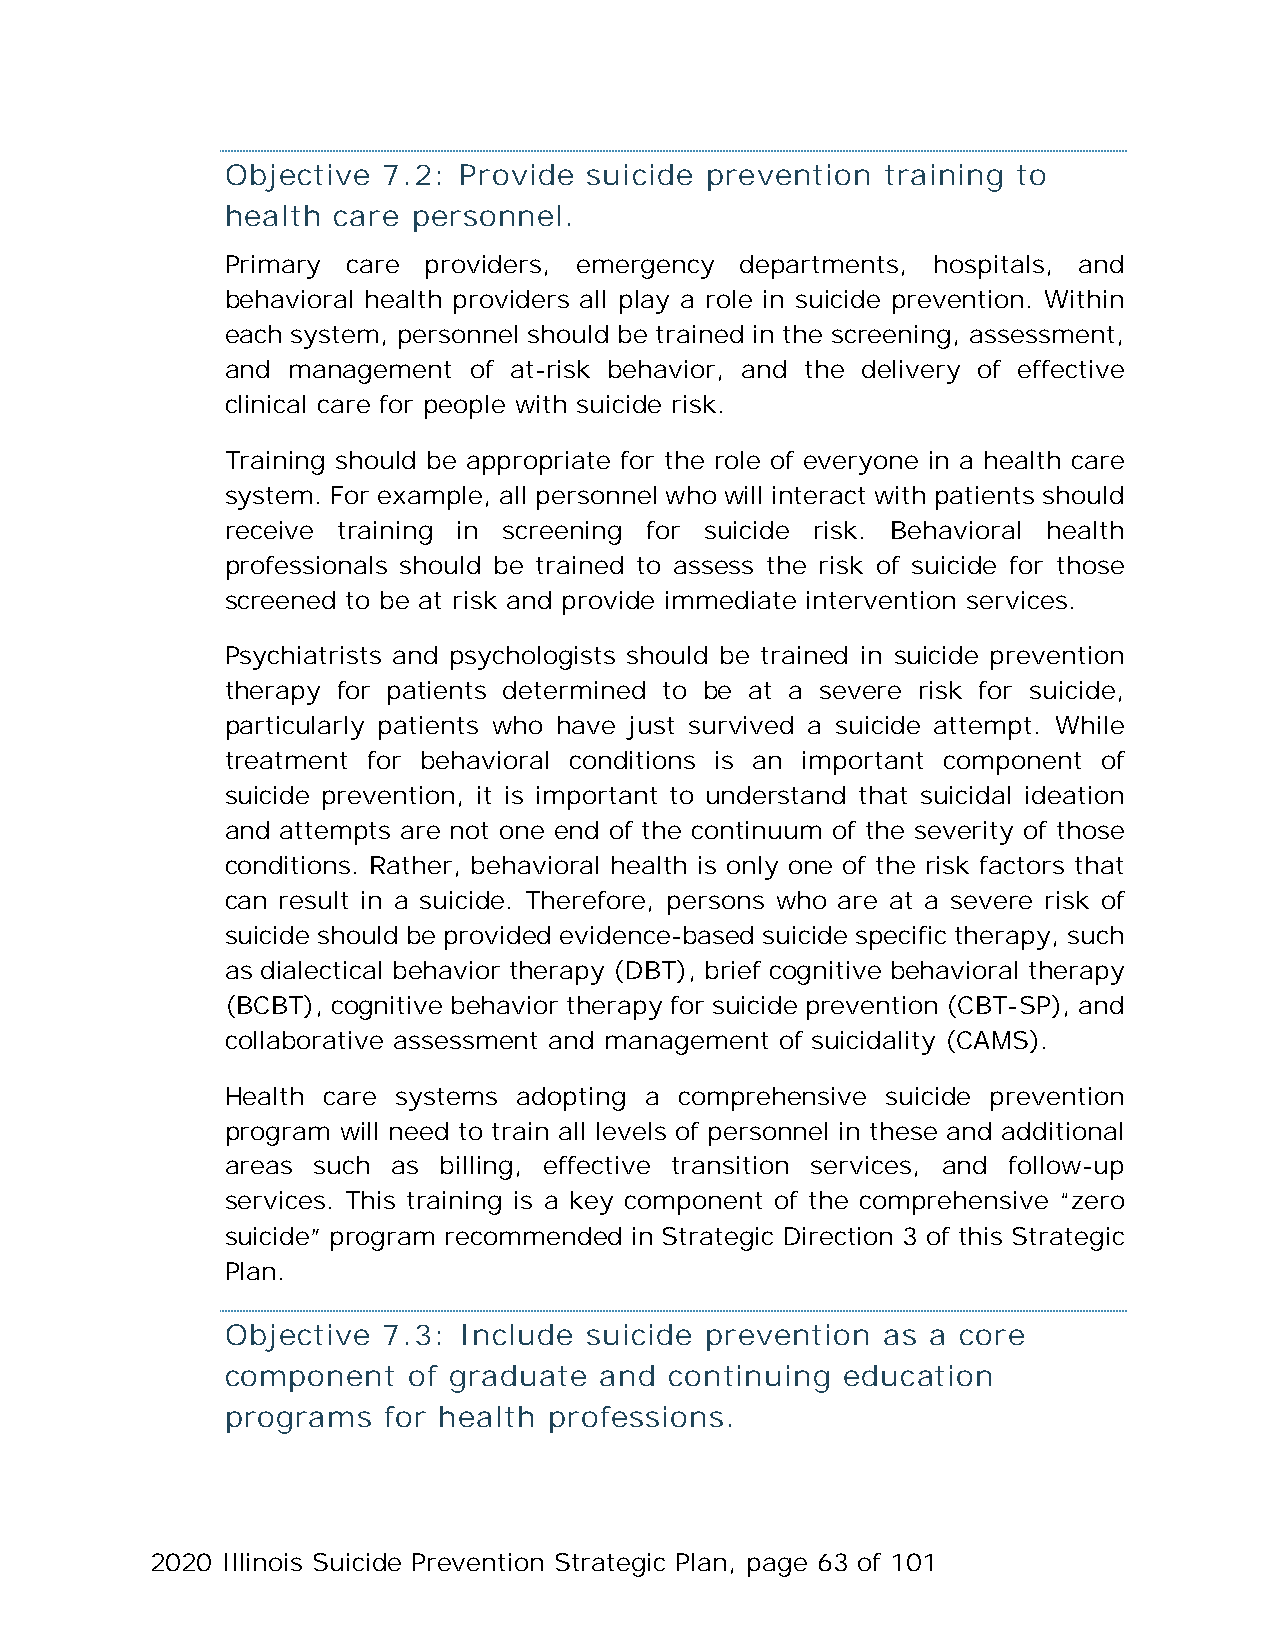
Objective 7.2: Provide  suicide prevention  training to
 health care personnel.
 Primary care providers, emergency departments, hospitals, and
 behavioral health providers all play a role in suicide prevention. Within
 each system, personnel should be trained in the screening, assessment,
 and management  of at-risk behavior, and the delivery of effective
 clinical care for people with suicide risk.
 Training should be appropriate for the role of everyone in a health care
 system. For example, all personnel who will interact with patients should
 receive training in screening for suicide risk. Behavioral health
 professionals should be trained to assess the risk of suicide for those
 screened to be at risk and provide immediate intervention services.
 Psychiatrists and psychologists should be trained in suicide prevention
 therapy for patients determined to be at a severe risk for suicide,
 particularly patients who have just survived a suicide attempt. While
 treatment for behavioral conditions is an important component of
 suicide prevention, it is important to understand that suicidal ideation
 and attempts are not one end of the continuum of the severity of those
 conditions. Rather, behavioral health is only one of the risk factors that
 can result in a suicide. Therefore, persons who are at a severe risk of
 suicide should be provided evidence-based suicide specific therapy, such
 as dialectical behavior therapy (DBT), brief cognitive behavioral therapy
 (BCBT), cognitive behavior therapy for suicide prevention (CBT-SP), and
 collaborative assessment and management of suicidality (CAMS).
 Health care systems adopting a comprehensive suicide prevention
 program will need to train all levels of personnel in these and additional
 areas such as billing, effective transition services, and follow-up
 services. This training is a key component of the comprehensive “zero
 suicide” program recommended in Strategic Direction 3 of this Strategic
 Plan.
 Objective 7.3: Include  suicide prevention as  a core
 component   of graduate  and continuing  education
 programs  for health professions.
 2020 Illinois Suicide Prevention Strategic Plan, page 63 of 101